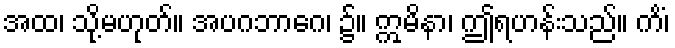
အထ၊ သို့မဟုတ်။ အပဂဘာဂေ၊ ၌။ ဣမိနာ၊ ဤရဟန်းသည်။ ကိံ၊